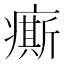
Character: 𤺊